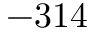
- 3 1 4